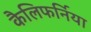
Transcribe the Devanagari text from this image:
कैलिफर्निया